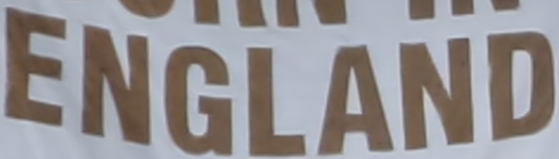
ENGLAND